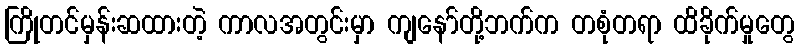
ကြိုတင်မှန်းဆထားတဲ့ ကာလအတွင်းမှာ ကျနော်တို့ဘက်က တစုံတရာ ထိခိုက်မှုတွေ